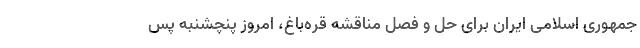
جمهوری اسلامی ایران برای حل و فصل مناقشه قره‌باغ، امروز پنچشنبه پس